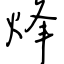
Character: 烽